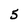
Character: 5